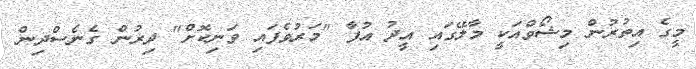
މީގެ އިތުރުން މިޝޯވްއަކީ މާލޭގައި އީދު އުފާ "މަރުވެފައި ވަނިކޮށް" ދިރުން ގެނެސްދިން